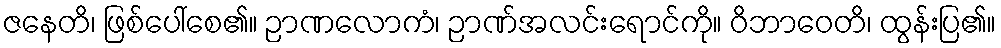
ဇနေတိ၊ ဖြစ်ပေါ်စေ၏။ ဉာဏလောကံ၊ ဉာဏ်အလင်းရောင်ကို။ ဝိဘာဝေတိ၊ ထွန်းပြ၏။